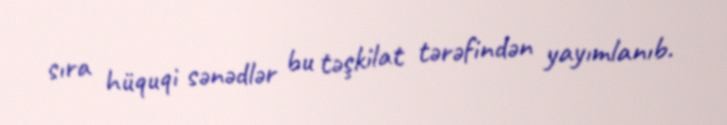
sıra hüquqi sənədlər bu təşkilat tərəfindən yayımlanıb.